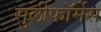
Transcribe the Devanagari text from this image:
सुलीफॉर्मेस